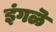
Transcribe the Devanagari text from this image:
इंगळॆ